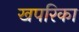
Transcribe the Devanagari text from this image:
खपरिका